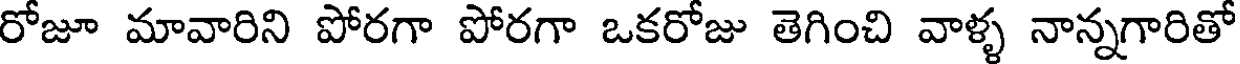
రోజూ మావారిని పోరగా పోరగా ఒకరోజు తెగించి వాళ్ళ నాన్నగారితో